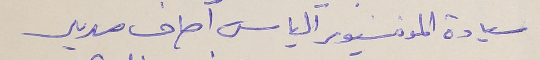
سيادة المونسنيور آلياس آصاف مدير